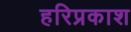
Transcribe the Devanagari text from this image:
हरिप्रकाश